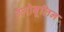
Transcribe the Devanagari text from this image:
ग्लोबूलिन